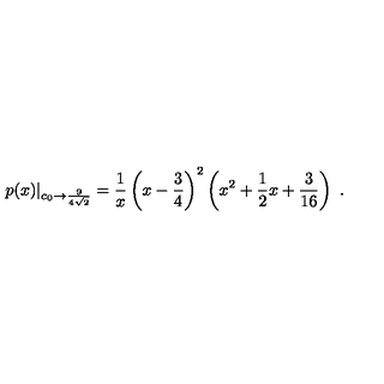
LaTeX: p ( x ) | _ { c _ { 0 } \to { \frac { 9 } { 4 \sqrt { 2 } } } } = { \frac { 1 } { x } } \left( x - { \frac { 3 } { 4 } } \right) ^ { 2 } \left( x ^ { 2 } + { \frac { 1 } { 2 } } x + { \frac { 3 } { 1 6 } } \right) \ .